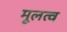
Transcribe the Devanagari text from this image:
मूलत्व